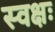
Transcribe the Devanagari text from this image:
स्वक्षः